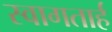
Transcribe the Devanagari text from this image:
स्‍वागतार्ह